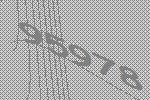
95978